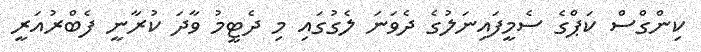
ކިންގްސް ކަޕްގެ ސެމީފައިނަލުގެ ދެވަނަ ލެގުގައި މި ދެޓީމު ވާދަ ކުރާނީ ފެބްރުއަރީ